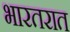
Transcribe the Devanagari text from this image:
भारतरात